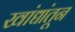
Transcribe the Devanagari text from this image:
खांद्यांतून